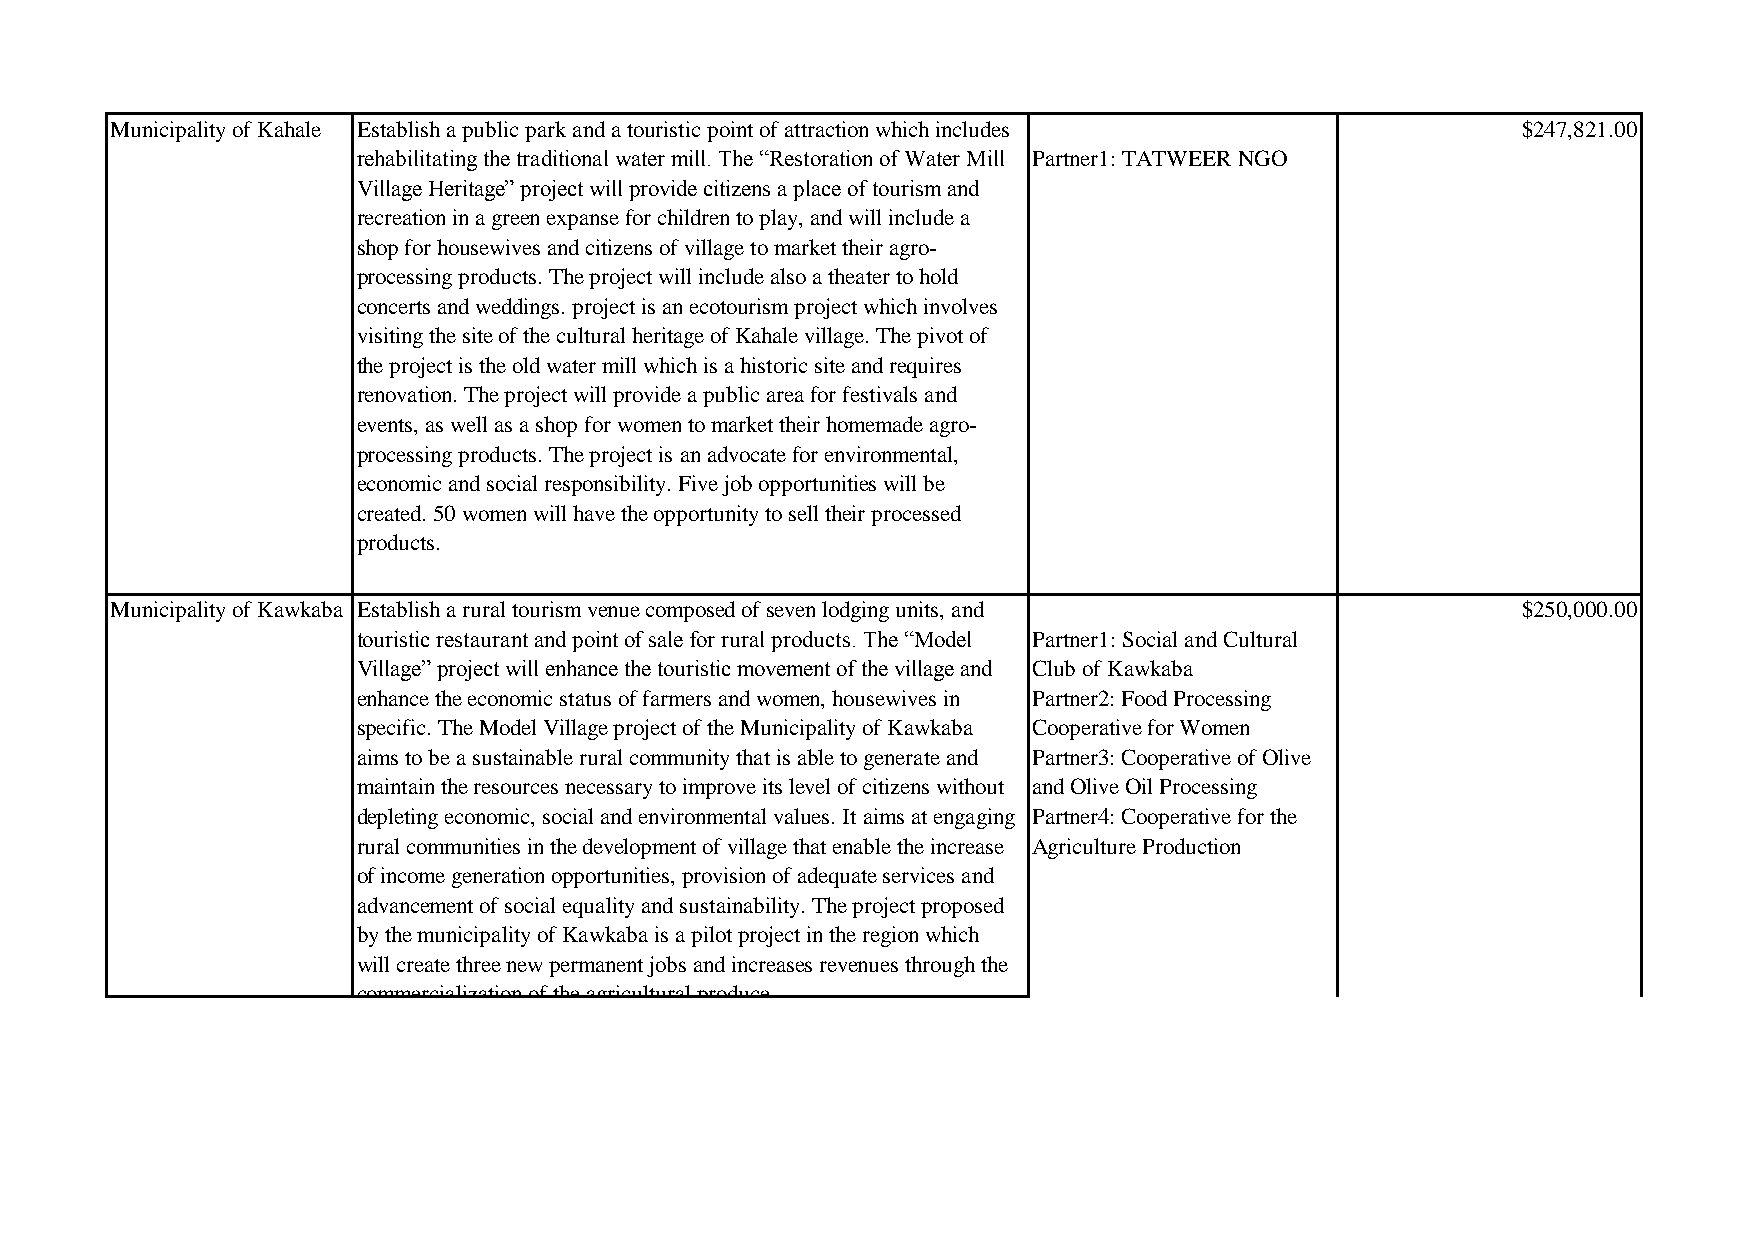
Municipality of Kahale Establish a public park and a touristic point of attraction which includes $247,821.00
 rehabilitating the traditional water mill. The “Restoration of Water Mill Partner1: TATWEER NGO
 Village Heritage” project will provide citizens a place of tourism and
 recreation in a green expanse for children to play, and will include a
 shop for housewives and citizens of village to market their agro-
 processing products. The project will include also a theater to hold
 concerts and weddings. project is an ecotourism project which involves
 visiting the site of the cultural heritage of Kahale village. The pivot of
 the project is the old water mill which is a historic site and requires
 renovation. The project will provide a public area for festivals and
 events, as well as a shop for women to market their homemade agro-
 processing products. The project is an advocate for environmental,
 economic and social responsibility. Five job opportunities will be
 created. 50 women will have the opportunity to sell their processed
 products.
 Municipality of Kawkaba Establish a rural tourism venue composed of seven lodging units, and  $250,000.00
 touristic restaurant and point of sale for rural products. The “Model Partner1: Social and Cultural
 Village” project will enhance the touristic movement of the village and Club of Kawkaba
 enhance the economic status of farmers and women, housewives in Partner2: Food Processing
 specific. The Model Village project of the Municipality of Kawkaba Cooperative for Women
 aims to be a sustainable rural community that is able to generate and Partner3: Cooperative of Olive
 maintain the resources necessary to improve its level of citizens without and Olive Oil Processing
 depleting economic, social and environmental values. It aims at engaging Partner4: Cooperative for the
 rural communities in the development of village that enable the increase Agriculture Production
 of income generation opportunities, provision of adequate services and
 advancement of social equality and sustainability. The project proposed
 by the municipality of Kawkaba is a pilot project in the region which
 will create three new permanent jobs and increases revenues through the
 commercialization of the agricultural produce.